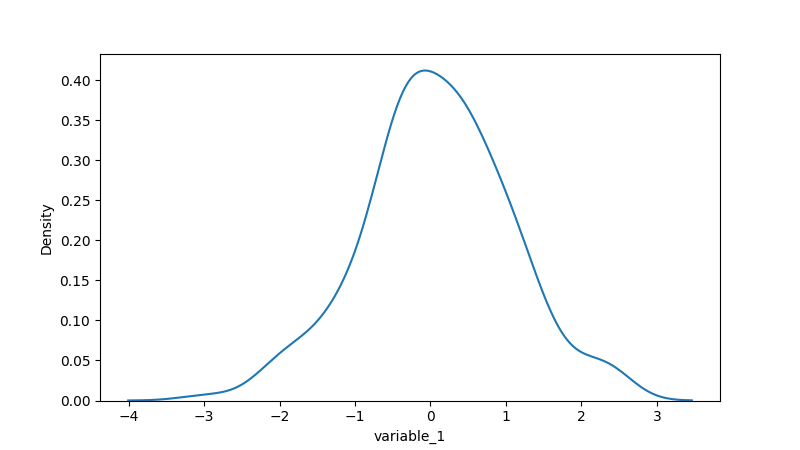
python, seaborn, kdeplot, hue='None', fill=False, bw_adjust=1.0